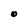
Character: 0